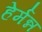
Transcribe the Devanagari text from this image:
हेर्मन्न